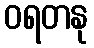
ဝရတနု